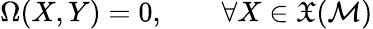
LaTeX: \Omega(X,Y)=0,\qquad\forall X\in\mathfrak{X}(\mathcal{M})